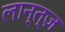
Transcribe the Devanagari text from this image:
लान्त्ज़